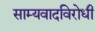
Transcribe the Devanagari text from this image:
साम्यवादविरोधी